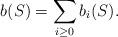
LaTeX: \begin{align*}b(S) = \sum_{i \geq 0} b_i(S).\end{align*}